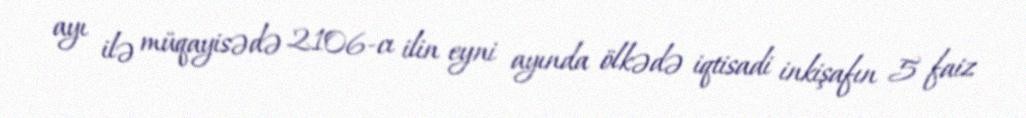
ayı ilə müqayisədə 2106-cı ilin eyni ayında ölkədə iqtisadi inkişafın 5 faiz